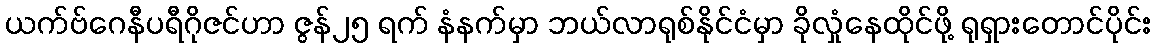
ယက်ဗ်ဂေနီပရီဂိုဇင်ဟာ ဇွန်၂၅ ရက် နံနက်မှာ ဘယ်လာရုစ်နိုင်ငံမှာ ခိုလှုံနေထိုင်ဖို့ ရုရှားတောင်ပိုင်း